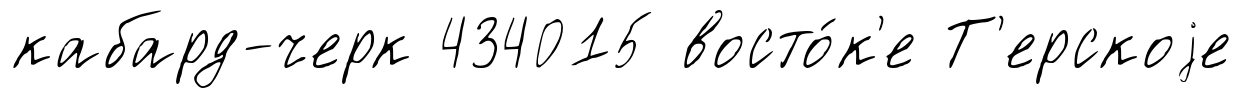
кабард-черк 434015 восто́к'е Т'ерскоjе